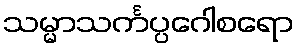
သမ္မာသင်္ကပ္ပဂေါစရော